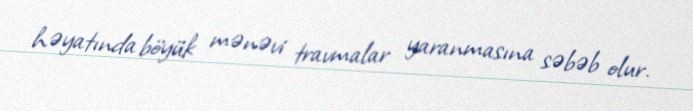
həyatında böyük mənəvi travmalar yaranmasına səbəb olur.